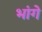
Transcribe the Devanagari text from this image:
भांगे